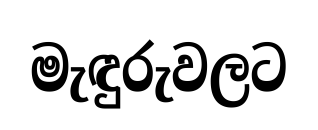
මැඳුරුවලට